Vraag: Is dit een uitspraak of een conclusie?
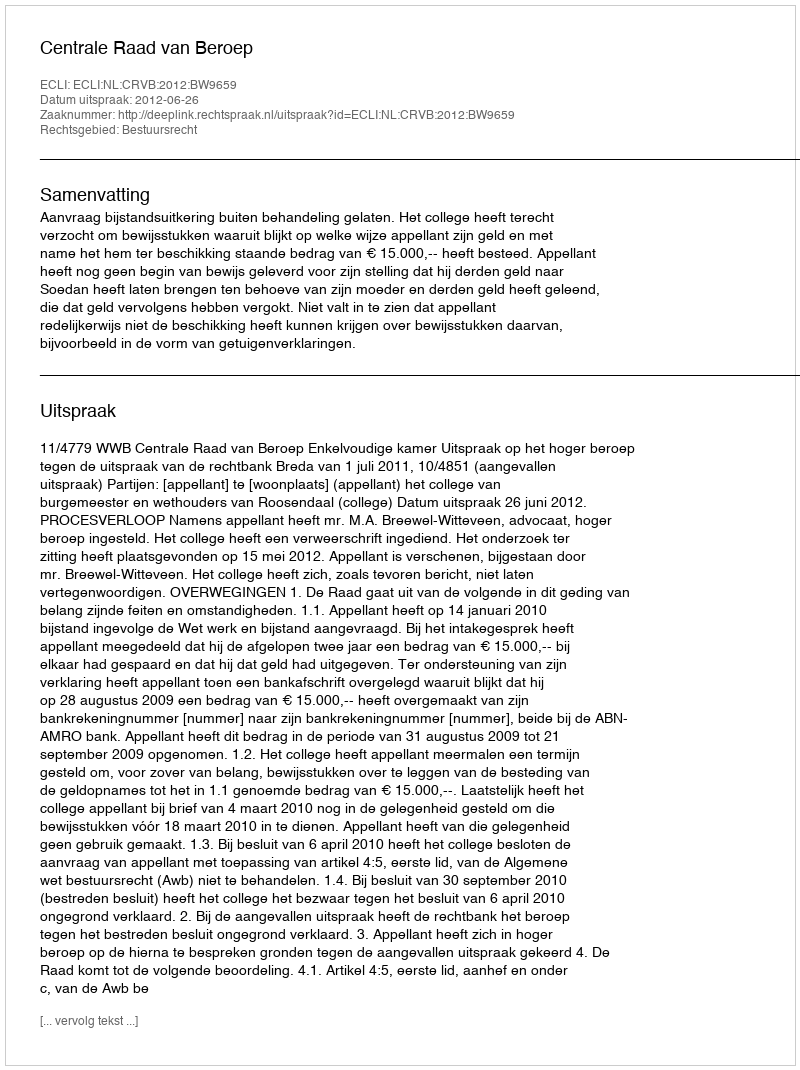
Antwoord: Uitspraak